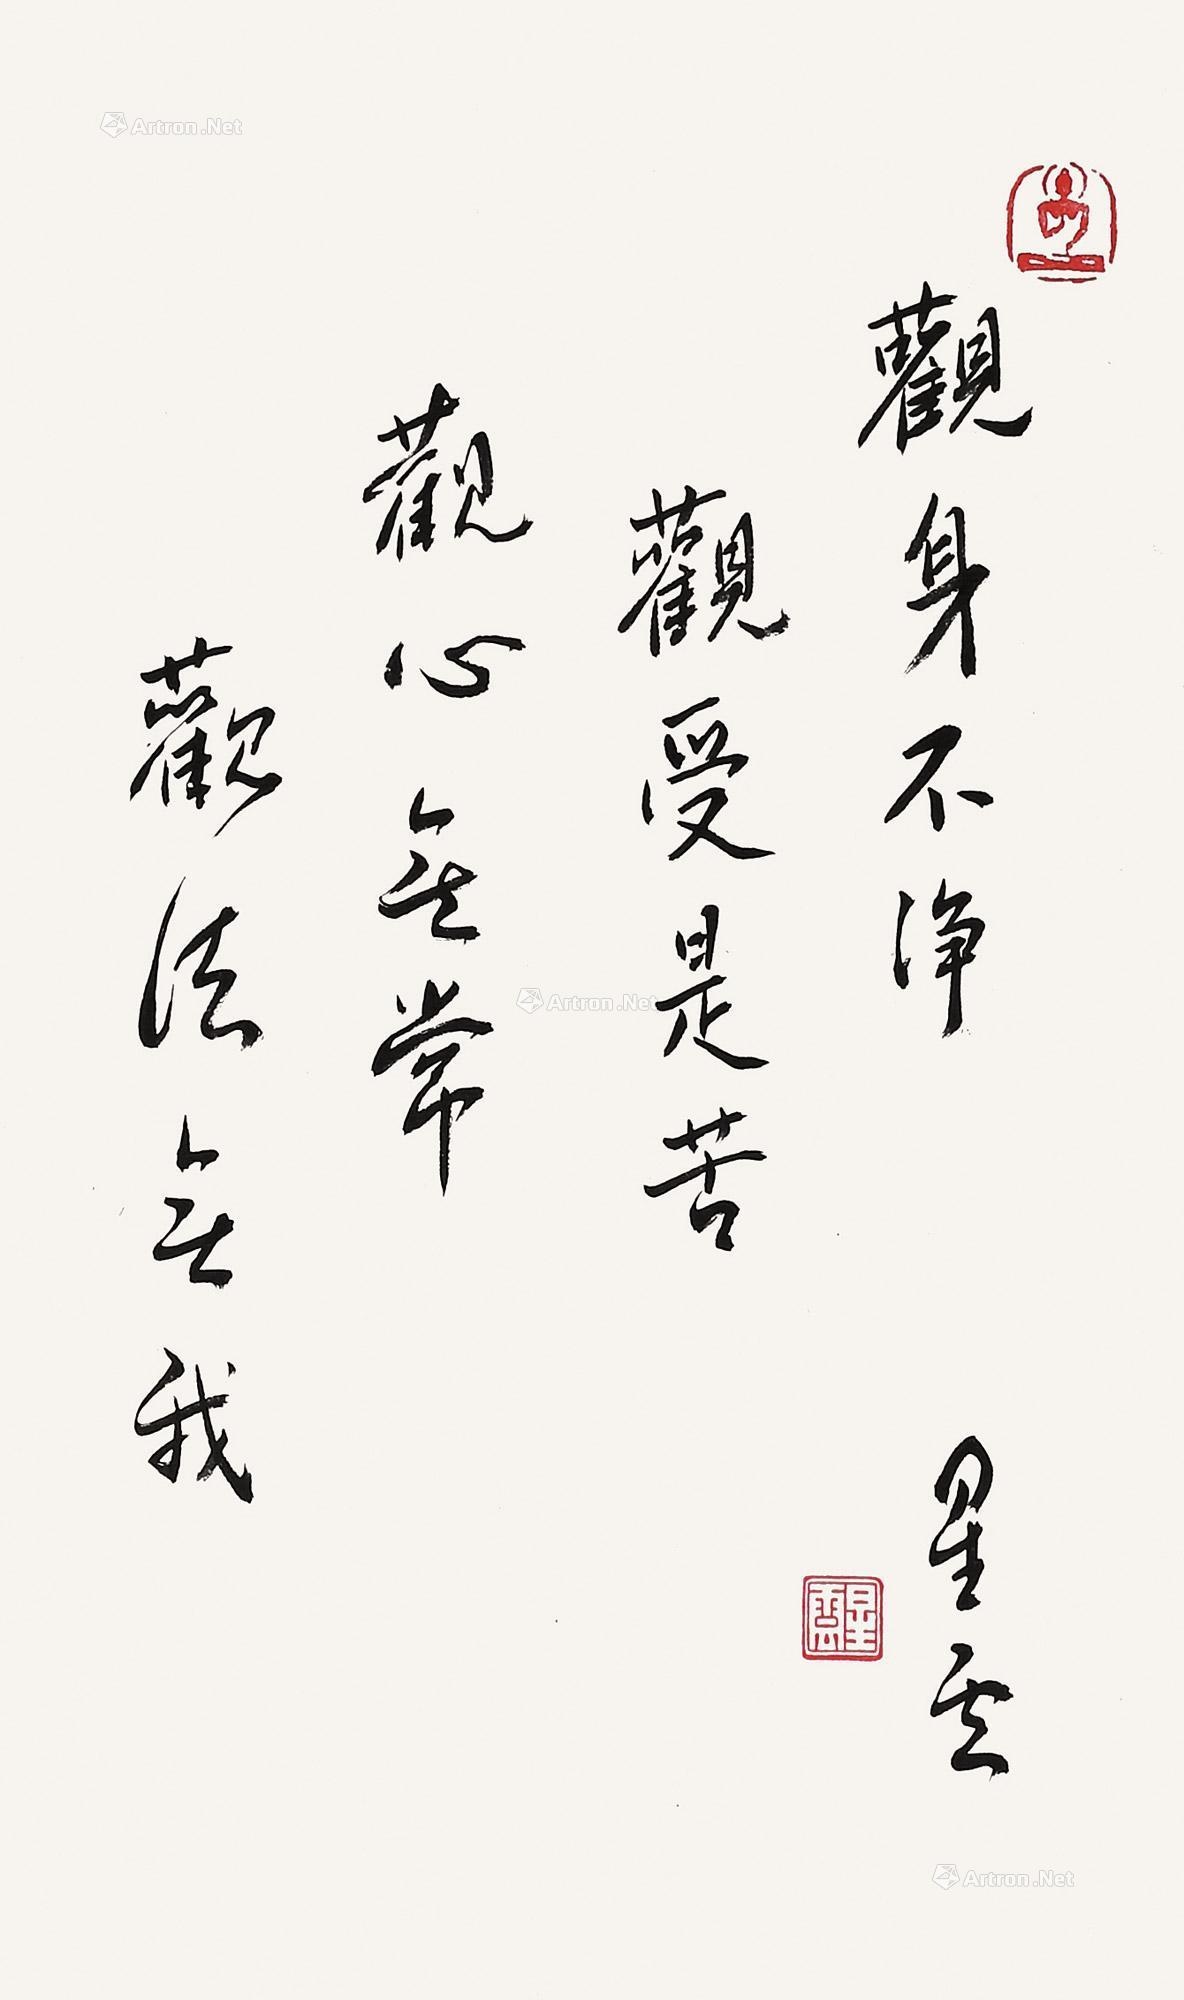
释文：观身不净观受是苦观心无常观法无我星云